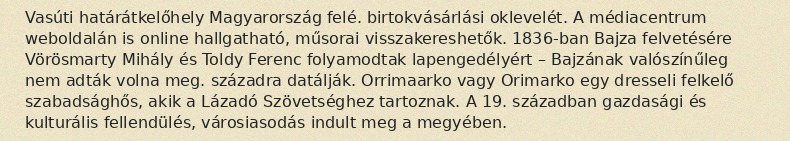
Vasúti határátkelőhely Magyarország felé. birtokvásárlási oklevelét. A médiacentrum weboldalán is online hallgatható, műsorai visszakereshetők. 1836-ban Bajza felvetésére Vörösmarty Mihály és Toldy Ferenc folyamodtak lapengedélyért – Bajzának valószínűleg nem adták volna meg. századra datálják. Orrimaarko vagy Orimarko egy dresseli felkelő szabadsághős, akik a Lázadó Szövetséghez tartoznak. A 19. században gazdasági és kulturális fellendülés, városiasodás indult meg a megyében.